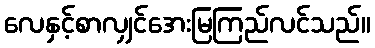
လေနှင့်စာလျှင်အေးမြကြည်လင်သည်။